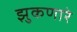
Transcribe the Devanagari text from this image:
झुकणारे